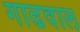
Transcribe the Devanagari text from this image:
गाढवाल